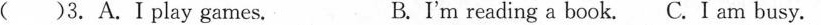
( )3. A.I play games. B. I'm reading a book.C. I am busy.